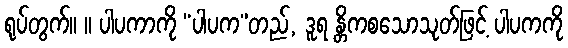
ရုပ်တွက်။ ။ ပါပကာကို “ပါပက”တည်, ဒူရ န္တိကစသောသုတ်ဖြင့် ပါပကကို